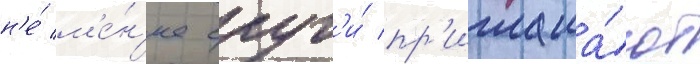
н'е́ м'е́н'ее слуг'и́ пр'иглаша́ют